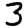
Digit: 3